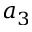
a _ { 3 }